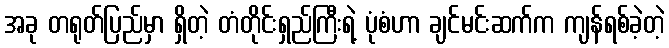
အခု တရုတ်ပြည်မှာ ရှိတဲ့ တံတိုင်းရှည်ကြီးရဲ့ ပုံစံဟာ ချင်မင်းဆက်က ကျန်ရစ်ခဲ့တဲ့